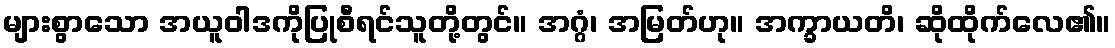
များစွာသော အယူဝါဒကိုပြုစီရင်သူတို့တွင်။ အဂ္ဂံ၊ အမြတ်ဟု။ အက္ခာယတိ၊ ဆိုထိုက်လေ၏။